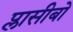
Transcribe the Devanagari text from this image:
प्लासीबो